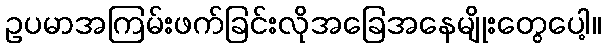
ဥပမာအကြမ်းဖက်ခြင်းလိုအခြေအနေမျိုးတွေပေါ့။